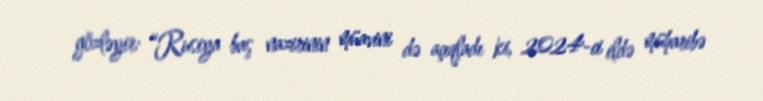
gözləyir: “Rusiya baş nazirinin müavini də açıqladı ki, 2024-ci ildə müharibə